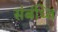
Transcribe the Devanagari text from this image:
संबंध्ति